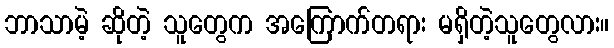
ဘာသာမဲ့ ဆိုတဲ့ သူတွေက အကြောက်တရား မရှိတဲ့သူတွေလား။